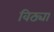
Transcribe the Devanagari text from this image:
विठ्या